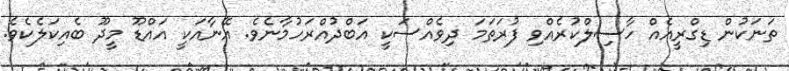
ތަނަކުން ޑިގްރީއެއް ހާސިލްކުރެއްވި ފުރަތަމަ ދިވެއްސަކީ އަބްދުއްރަހުމާނެވެ. އޭނާއަކީ އައްޑޫ މީދޫ ބެއިކަލެކެވެ.